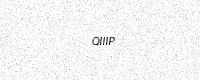
Text: QIIIP